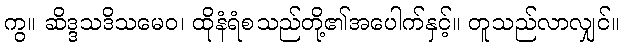
ကွ။ ဆိဒ္ဒသဒိသမေဝ၊ ထိုနံရံစသည်တို့၏အပေါက်နှင့်။ တူသည်လာလျှင်။